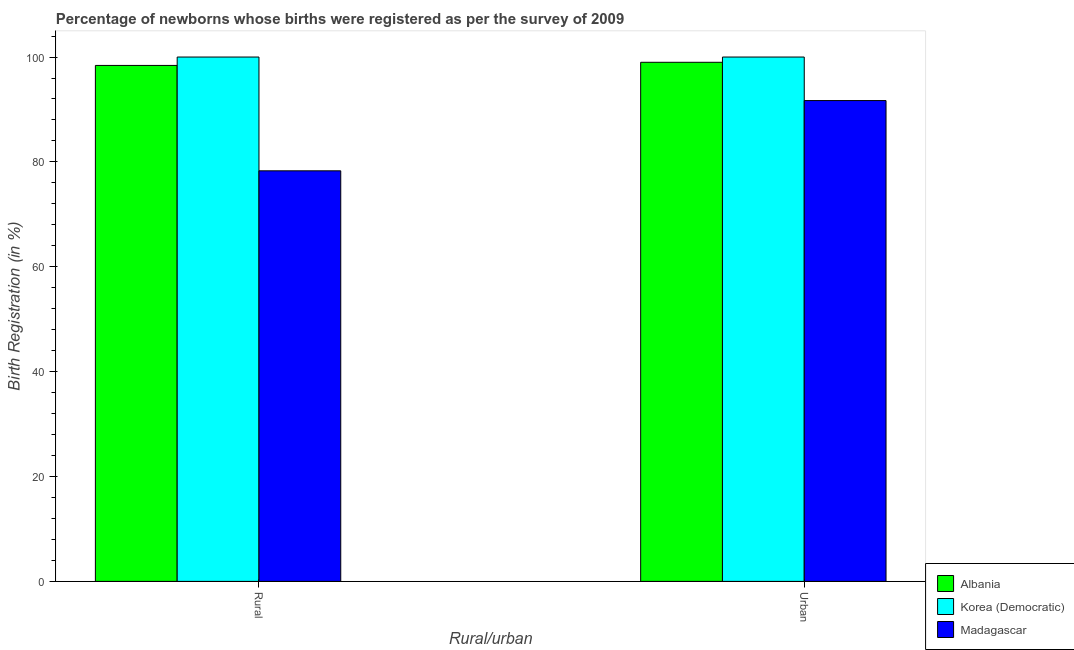
| Rural/urban | Albania | Korea (Democratic) | Madagascar |
 | --- | --- | --- | --- |
 | Rural | 98.4 | 100 | 78.3 |
 | Urban | 99 | 100 | 91.7 |